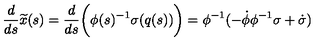
\frac { d } { d s } \widetilde { x } ( s ) = \frac { d } { d s } \biggl ( \phi ( s ) ^ { - 1 } \sigma ( q ( s ) ) \biggr ) = \phi ^ { - 1 } ( - \dot { \phi } \phi ^ { - 1 } \sigma + \dot { \sigma } )